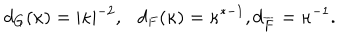
d _ { G } ( \kappa ) = \vert \kappa \vert ^ { - 2 } , \ \ \ d _ { F } ( \kappa ) = \kappa ^ { * - 1 } , d _ { \overline { { F } } } = \kappa ^ { - 1 } .